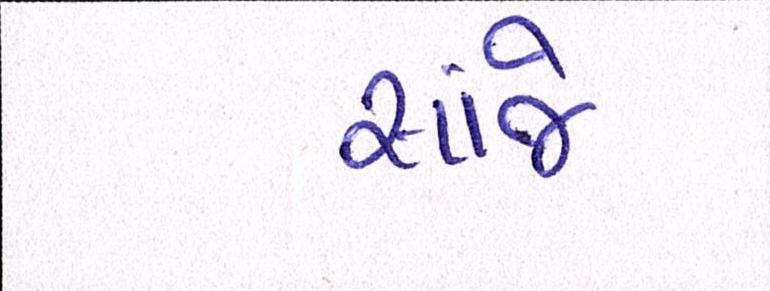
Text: સાંજે